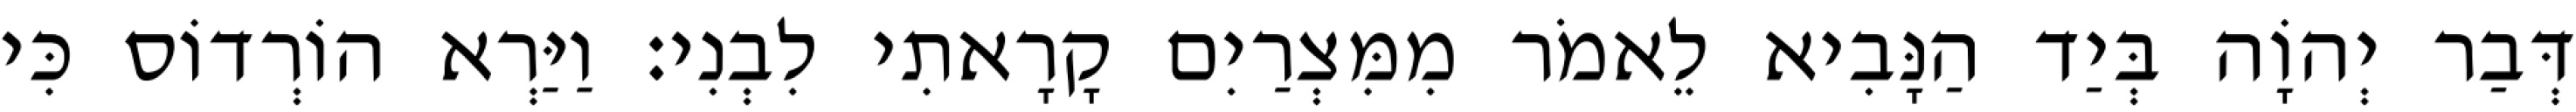
דְּבַר יְהוָֹה בְּיַד הַנָּבִיא לֵאמֹר מִמִּצְרַיִם קָרָאתִי לִבְנִי׃ וַיַּרְא הוֹרְדוֹס כִּי